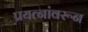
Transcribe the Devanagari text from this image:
प्रयत्‍नांवरून